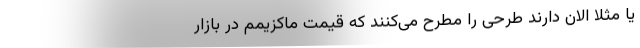
یا مثلا الان دارند طرحی را مطرح می‌کنند که قیمت ماکزیمم در بازار